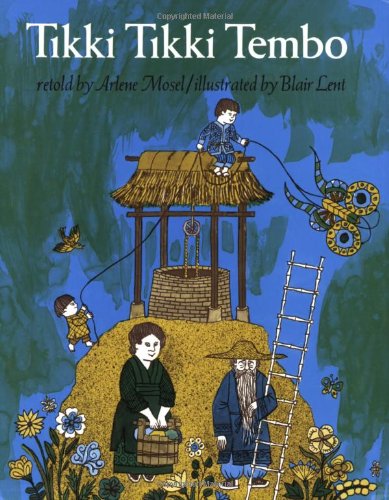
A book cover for Tikki Tikki Tembo; Arlene Mosel; Children's Books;